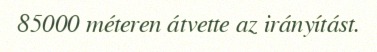
85000 méteren átvette az irányítást.